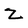
Character: Z